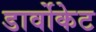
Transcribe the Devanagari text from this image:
डार्वोकेट